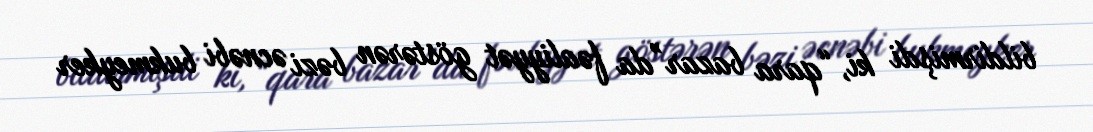
bildirmişdi ki, “qara bazar”da fəaliyyət göstərən bəzi əcnəbi bukmeyker